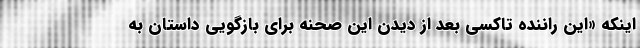
اینکه «این راننده تاکسی بعد از دیدن این صحنه برای بازگویی داستان به